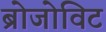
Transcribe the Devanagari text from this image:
ब्रोजोविट